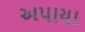
અપાયા